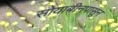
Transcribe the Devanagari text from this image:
सोयाबीनपासून